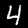
Digit: 4